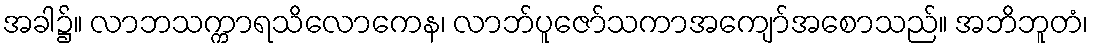
အခါ၌။ လာဘသက္ကာရသိလောကေန၊ လာဘ်ပူဇော်သကာအကျော်အစောသည်။ အဘိဘူတံ၊